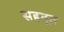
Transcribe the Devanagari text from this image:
सहतूत